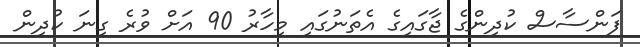
ފަންސާސް ކުދިންގެ ޖާގައިގެ އެތަނުގައި މިހާރު 90 އަށް ވުރެ ގިނަ ކުދިން